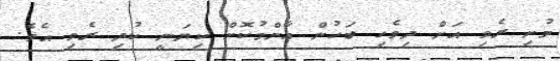
މުށި ރެވި އަށް ދިވެހި ބަހުން އާންމުކޮށް ކިޔަނީ ކުދި ރެވި އެވެ.